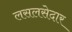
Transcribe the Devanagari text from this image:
लसलसेदार